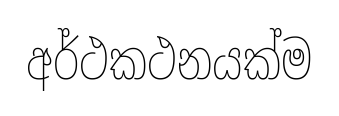
අර්ථකථනයක්ම